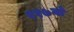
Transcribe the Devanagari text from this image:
११७वाँ